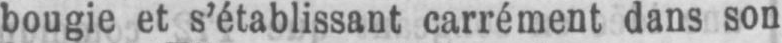
bougie et s’établissant carrément dans son